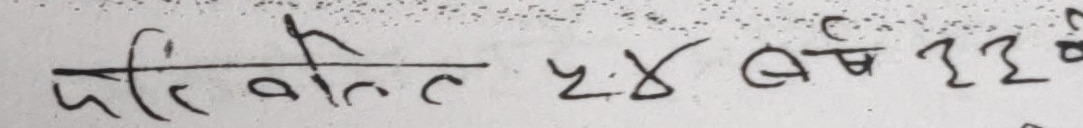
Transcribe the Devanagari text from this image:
परिवर्त २४ बर्ष ३३ के